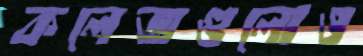
কলেজগুলোও